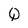
Character: Q